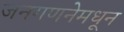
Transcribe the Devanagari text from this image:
जनगणनेमधून